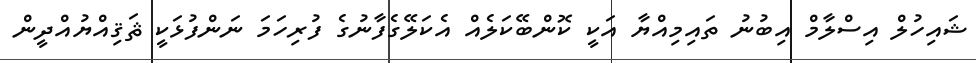
ޝައިހުލް އިސްލާމް އިބުނު ތައިމިއްޔާ އަކީ ކޮންބޭކަލެއް އެކަލޭގެފާނުގެ ފުރިހަމަ ނަންފުޅަކީ ޘަޤިއްޔުއްދީން